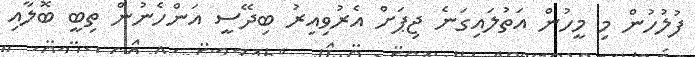
ފުލުހުން މި މީހުން އަތުލައިގަނެ ޖިޕަށް އެރުވިއިރު ބިދޭސީ އަންހެނުން ތިބީ ބޮލާއި